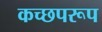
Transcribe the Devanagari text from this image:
कच्छपरूप